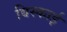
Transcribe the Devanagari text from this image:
बिस्काई